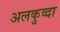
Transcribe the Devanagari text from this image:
अलकुव्दा